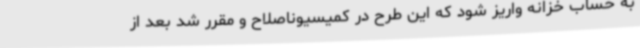
به حساب خزانه واریز شود که این طرح در کمیسیوناصلاح و مقرر شد بعد از